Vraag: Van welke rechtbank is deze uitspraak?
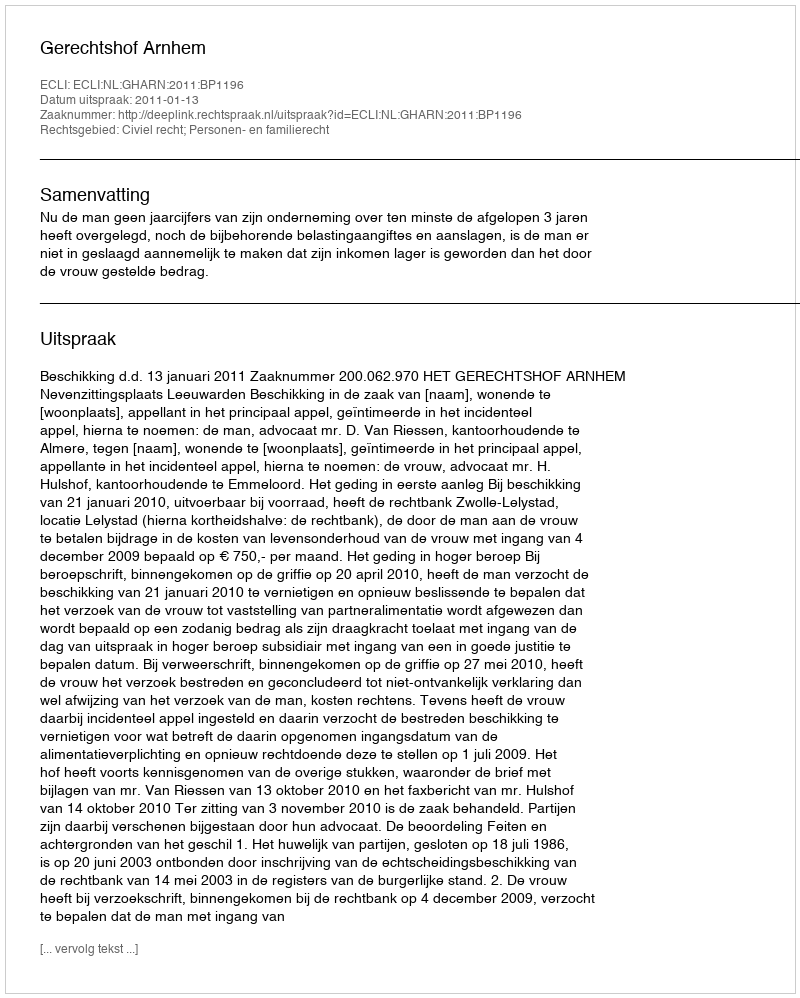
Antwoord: Gerechtshof Arnhem